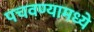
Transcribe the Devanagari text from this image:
पचवण्यामध्ये